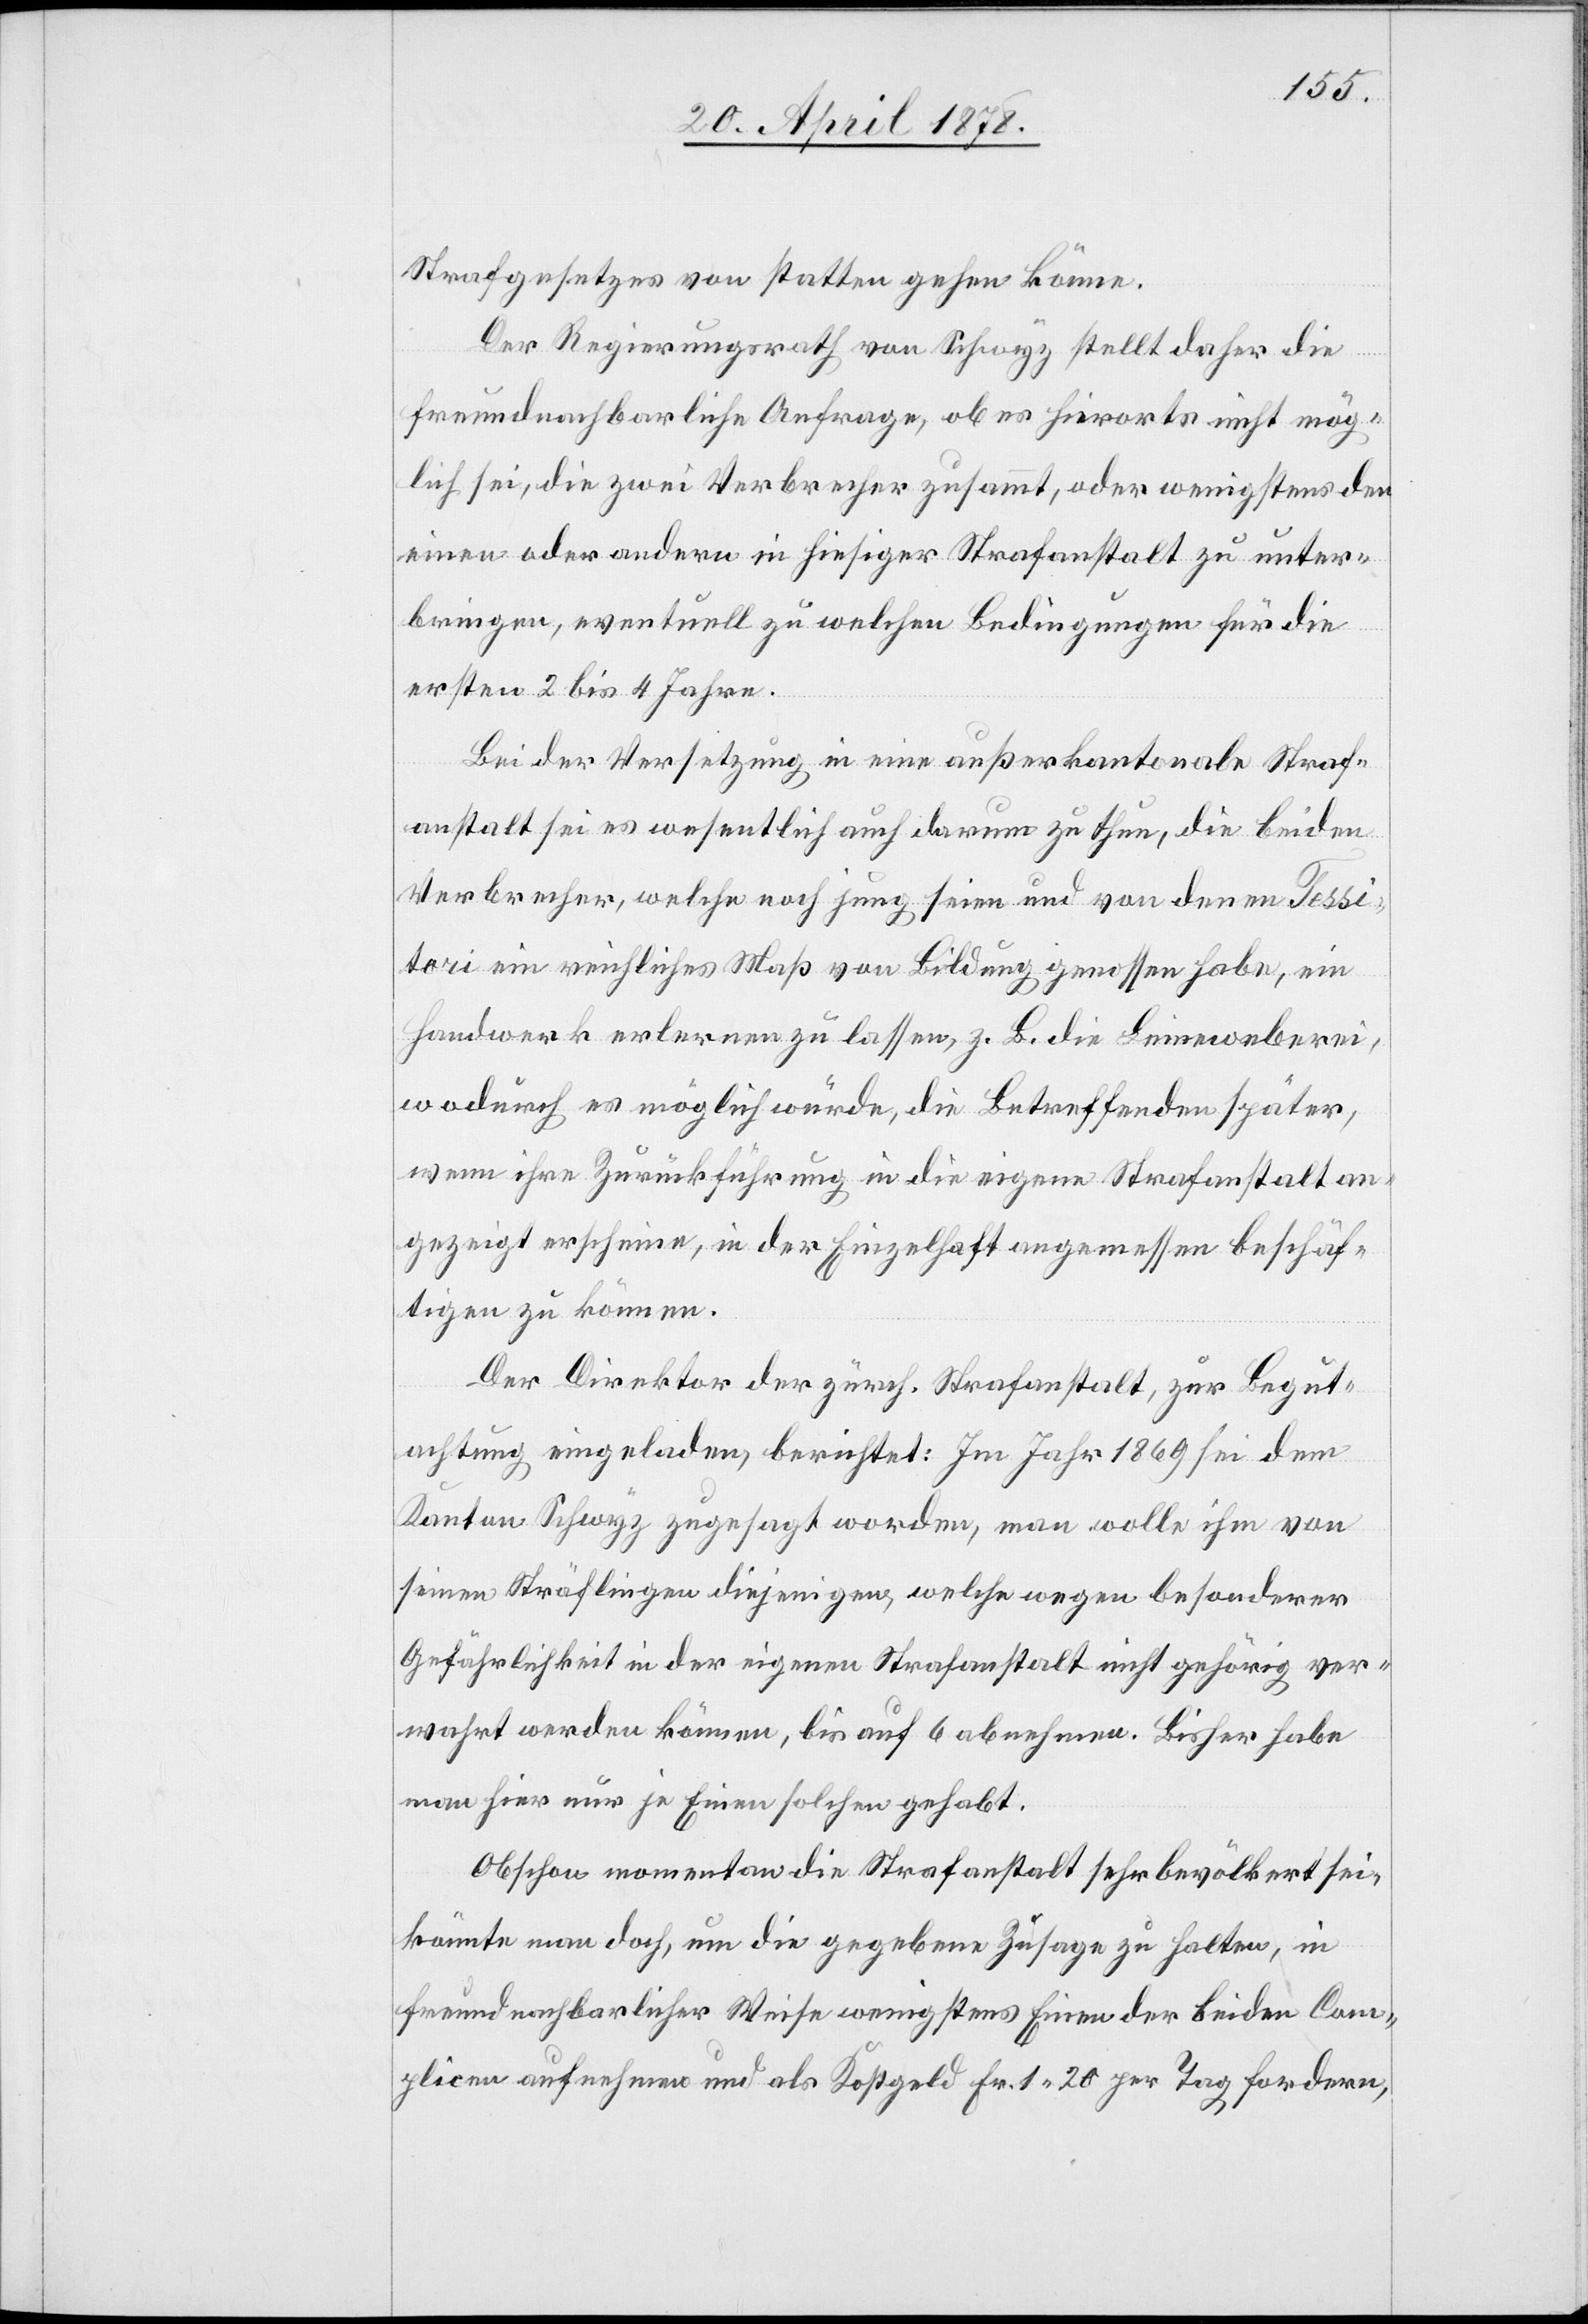
Strafgesetzes von statten gehen könne.
Der Regierungsrath von Schwyz stellt daher die
freundnachbarliche Anfrage, ob es hierorts nicht mög¬
lich sei, die zwei Verbrecher zusammt, oder wenigstens den
einen oder andern in hiesiger Strafanstalt zu unter¬
bringen, eventuell zu welchen Bedingungen für die
ersten 2 bis 4 Jahre.
Bei der Versetzung in eine außerkantonale Straf¬
anstalt sei es wesentlich auch darum zu thun, die beiden
Verbrecher, welche noch jung seien und von denen Fessi¬
tori ein reichliches Maß von Bildung genossen habe, ein
Handwerk erlernen zu lassen, z. B. die Leineweberei,
wodurch es möglich würde, die Betreffenden später,
wenn ihre Zurückführung in die eigene Strafanstalt an¬
gezeigt erscheine, in der Einzelhaft angemessen beschäf¬
tigen zu können.
Der Direktor der zürch. Strafanstalt, zur Begut¬
achtung eingeladen, berichtet: Im Jahr 1869 sei dem
Kanton Schwyz zugesagt worden, man wolle ihm von
seinen Sträflingen diejenigen, welche wegen besonderer
Gefährlichkeit in der eigenen Strafanstalt nicht gehörig ver¬
wahrt werden können, bis auf 6 abnehmen. Bisher habe
man hier nur je Einen solchen gehabt.
Obschon momentan die Strafanstalt sehr bevölkert sei,
könnte man doch, um die gegebene Zusage zu halten, in
freundnachbarlicher Weise wenigstens Einen der beiden Com¬
plicen aufnehmen und als Kostgeld Fr. 1.20 per Tag fordern,